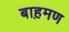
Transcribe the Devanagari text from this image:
बाह़मण